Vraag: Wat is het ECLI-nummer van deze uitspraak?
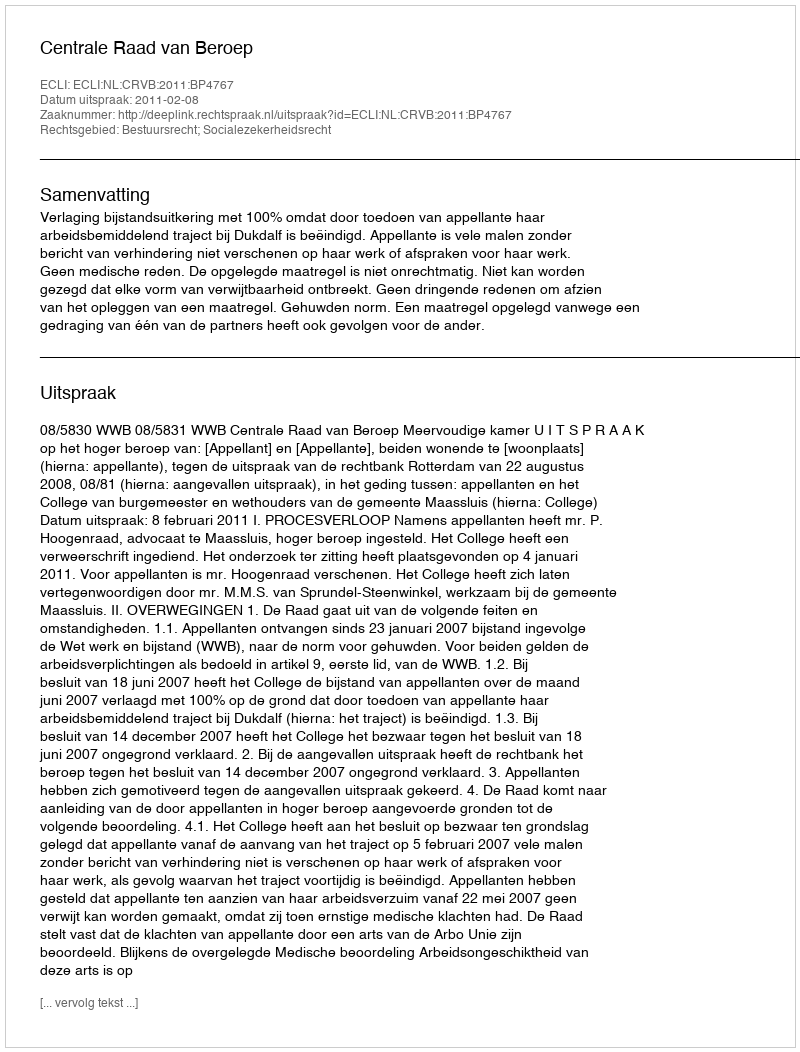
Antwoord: ECLI:NL:CRVB:2011:BP4767